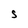
Character: S